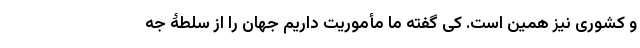
و کشوری نیز همین است. کی گفته ما مأموریت داریم جهان را از سلطۀ جه